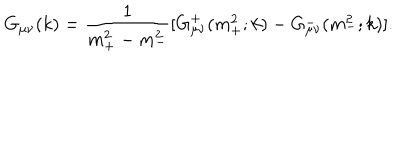
G _ { \mu \nu } ( k ) = { \frac { 1 } { m _ { + } ^ { 2 } - m _ { - } ^ { 2 } } } [ G _ { \mu \nu } ^ { + } ( m _ { + } ^ { 2 } ; k ) - G _ { \mu \nu } ^ { - } ( m _ { - } ^ { 2 } ; k ) ] .